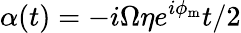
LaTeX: \alpha(t)=-i\Omega\eta e^{i\phi_{\mathrm{m}}}t/2